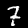
Digit: 7